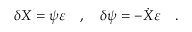
\delta X = \psi \varepsilon \quad , \quad \delta \psi = - \dot { X } \varepsilon \quad .